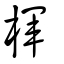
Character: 楎